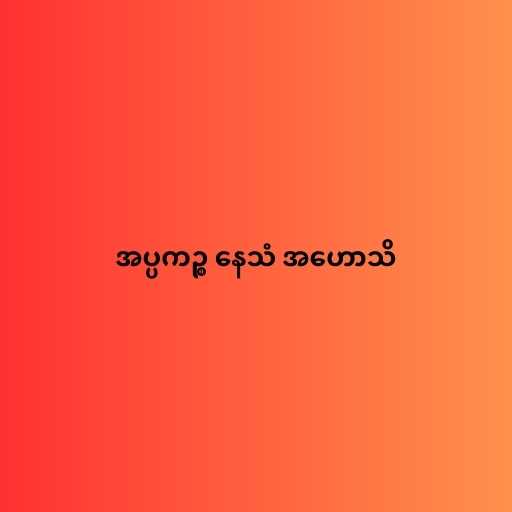
အပ္ပကဉ္စ နေသံ အဟောသိ